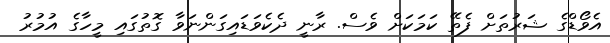
އެވޯޑްގެ ޝަރުތަށް ފެތޭ ކަމަކަށް ވެސް. ރާނީ ދެކެވަޑައިގަންނަވާ ގޮތުގައި މީހާގެ އުމުރު